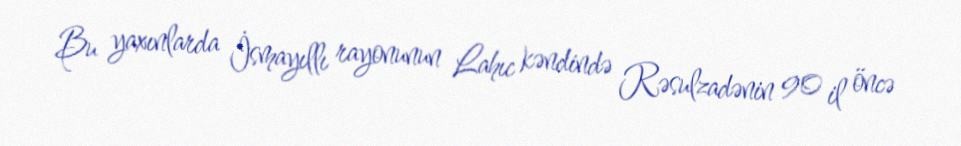
Bu yaxınlarda İsmayıllı rayonunun Lahıc kəndində Rəsulzadənin 90 il öncə